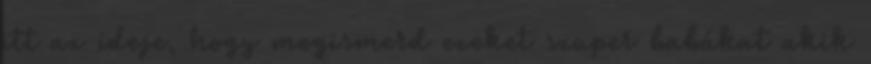
itt az ideje, hogy megismerd ezeket szuper babákat akik